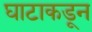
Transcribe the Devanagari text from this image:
घाटाकडून